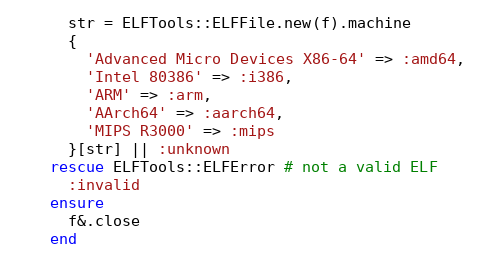
Language: Ruby
      str = ELFTools::ELFFile.new(f).machine
      {
        'Advanced Micro Devices X86-64' => :amd64,
        'Intel 80386' => :i386,
        'ARM' => :arm,
        'AArch64' => :aarch64,
        'MIPS R3000' => :mips
      }[str] || :unknown
    rescue ELFTools::ELFError # not a valid ELF
      :invalid
    ensure
      f&.close
    end